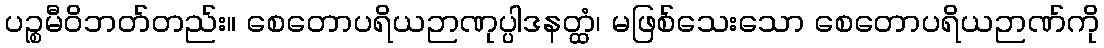
ပဉ္စမီဝိဘတ်တည်း။ စေတောပရိယဉာဏုပ္ပါဒနတ္ထံ၊ မဖြစ်သေးသော စေတောပရိယဉာဏ်ကို